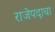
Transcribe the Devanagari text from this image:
राजेपदाचा